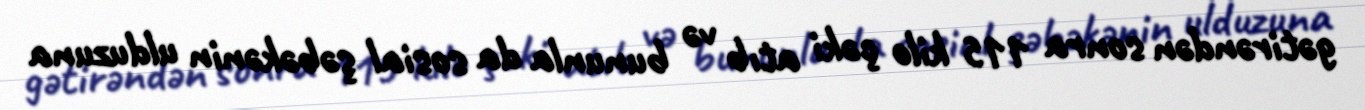
gətirəndən sonra 115 kilo çəki atıb və bununla da sosial şəbəkənin ulduzuna